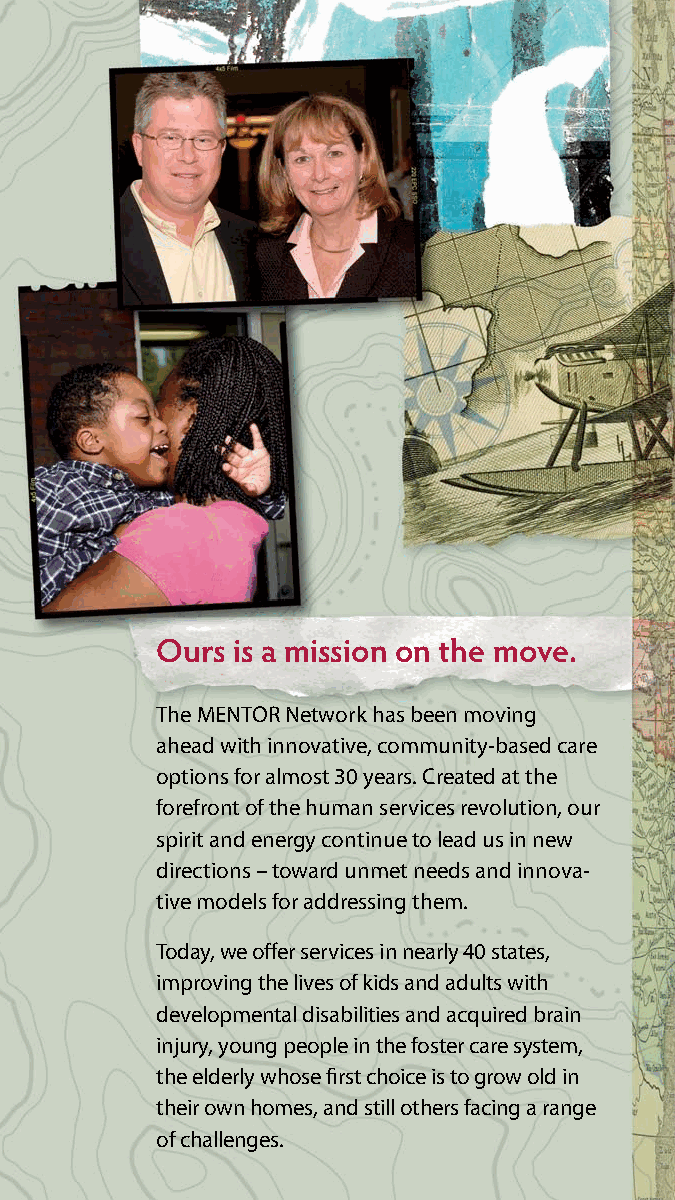
Ours is a mission on the move.
 The MENTOR Network has been moving
 ahead with innovative, community-based care
 options for almost 30 years. Created at the
 forefront of the human services revolution, our
 spirit and energy continue to lead us in new
 directions – toward unmet needs and innova-
 tive models for addressing them.
 Today, we offer services in nearly 40 states,
 improving the lives of kids and adults with
 developmental disabilities and acquired brain
 injury, young people in the foster care system,
 the elderly whose first choice is to grow old in
 their own homes, and still others facing a range
 of challenges.